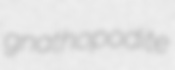
gnathopodite